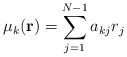
\begin{align*}\mu_k({\bf r}) = \sum_{j=1}^{N-1} a_{kj} r_j\end{align*}